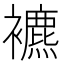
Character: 𧞧